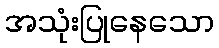
အသုံးပြုနေသော